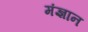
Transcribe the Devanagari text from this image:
मंज्ञान